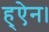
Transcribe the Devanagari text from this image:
ह्ऐन।